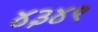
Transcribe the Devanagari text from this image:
४३४९